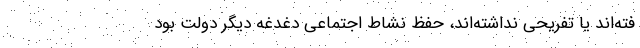
فته‌اند یا تفریحی نداشته‌اند، حفظ نشاط اجتماعی دغدغه دیگر دولت بود